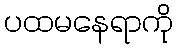
ပထမနေရာကို